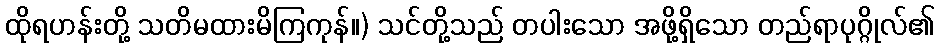
ထိုရဟန်းတို့ သတိမထားမိကြကုန်။) သင်တို့သည် တပါးသော အဖို့ရှိသော တည်ရာပုဂ္ဂိုလ်၏